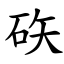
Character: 䂠